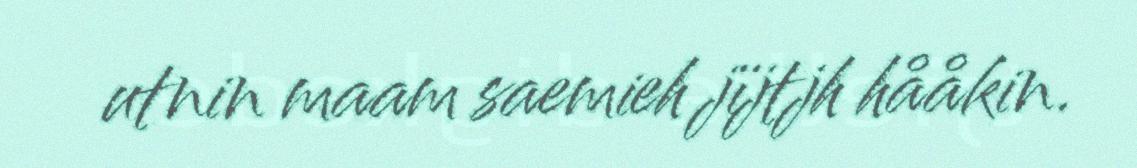
utnin maam saemieh jïjtjh hååkin.